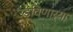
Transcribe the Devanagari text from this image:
उडविणार्‍या